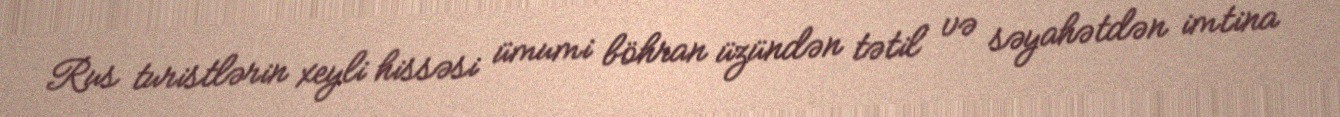
Rus turistlərin xeyli hissəsi ümumi böhran üzündən tətil və səyahətdən imtina